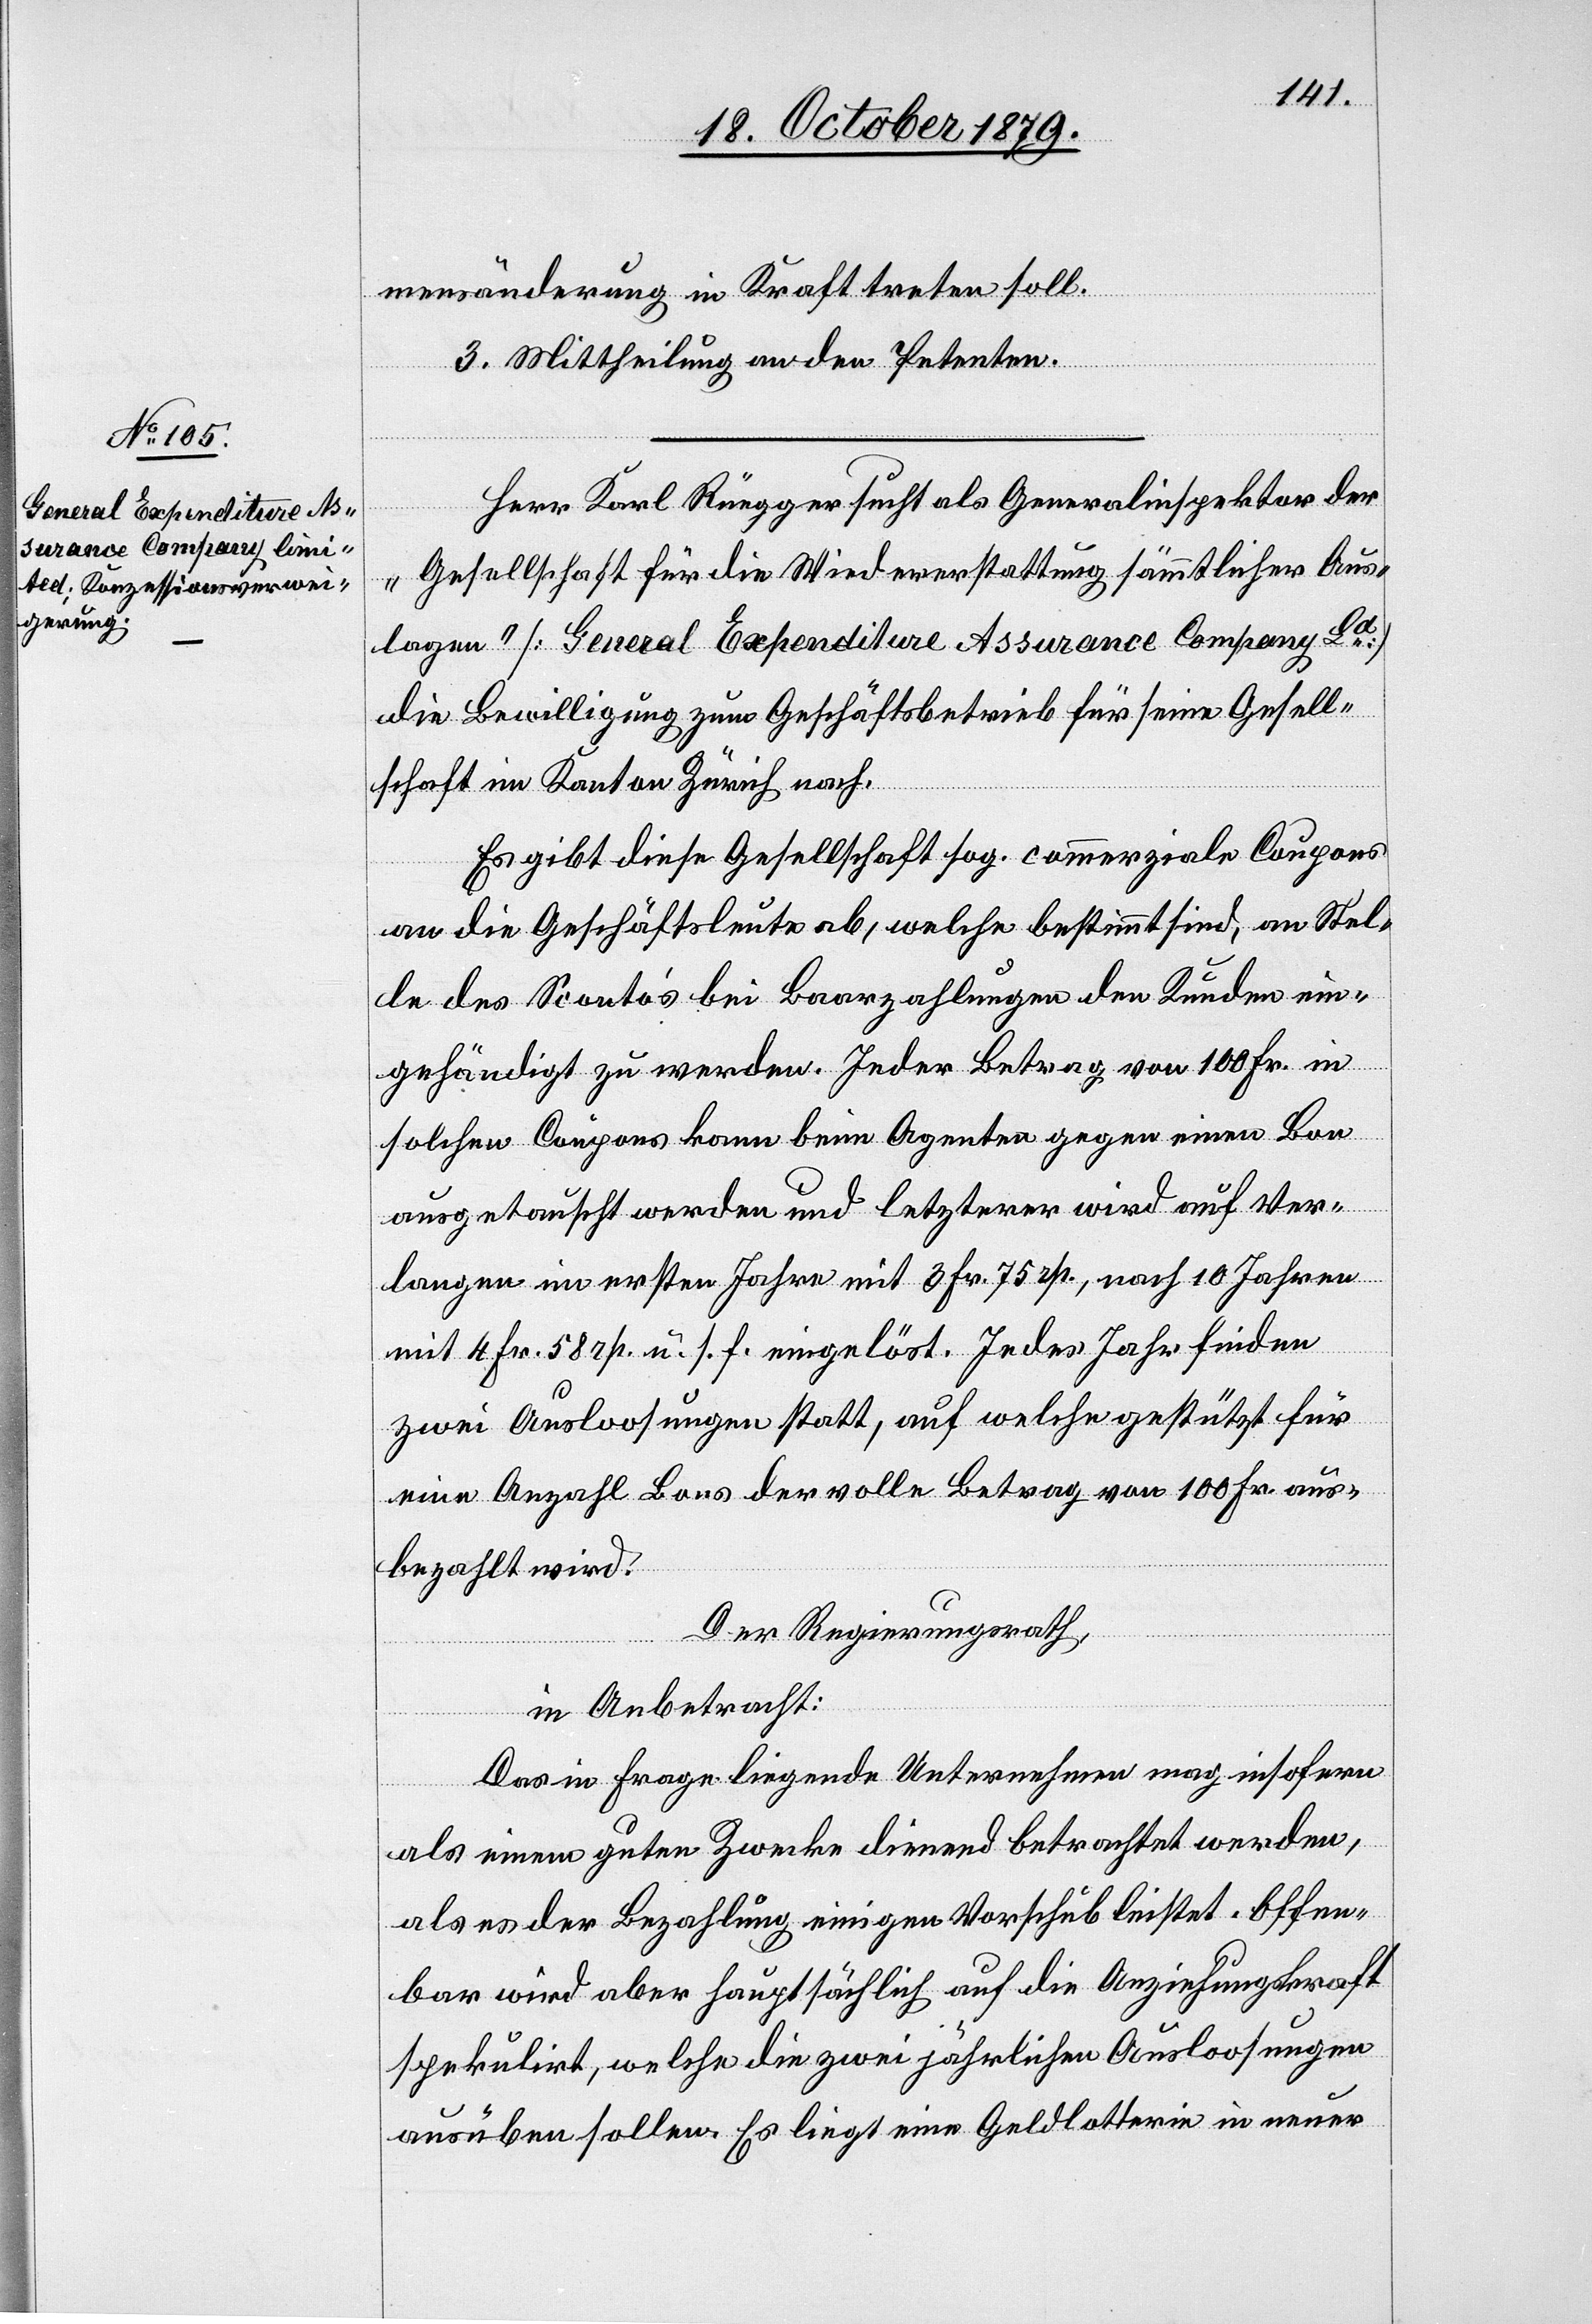
mensänderung in Kraft treten soll.
3. Mittheilung an den Petenten.
Herr Karl Rüegger sucht als Generalinspektor der
„Gesellschaft für die Wiedererstattung sämtlicher Aus¬
lagen“ [General Expenditure Assurance Company Ld]
die Bewilligung zum Geschäftsbetrieb für seine Gesell¬
schaft im Kanton Zürich nach.
Es gibt diese Gesellschaft sog. commerziale Coupons
an die Geschäftsleute ab, welche bestimmt sind, an Stel¬
le des Sconto’s bei Baarzahlungen den Kunden ein¬
gehändigt zu werden. Jeder Betrag von 100 Fr. in
solchen Coupons kann beim Agenten gegen einen Bon
ausgetauscht werden und letzterer wird auf Ver¬
langen im ersten Jahre mit 3. Fr. 75 rp. nach 10 Jahren
mit 4 Fr. 58 rp. u. s. f eingelöst. Jedes Jahr finden
zwei Ausloosungen statt, auf welche gestützt für
eine Anzahl Bons der volle Betrag von 100 Fr. aus¬
bezahlt wird.
Der Regierungsrath,
in Anbetracht:
Das in Frage liegende Unternehmen mag insofern
als einem guten Zwecke dienend betrachtet werden,
als es der Bezahlung einigen Vorschub leistet. Offen¬
bar wird aber hauptsächlich auf die Anziehungskraft
spekulirt, welche die zwei jährlichen Ausloosungen
ausüben sollen. Es liegt eine Geldlotterie in einer